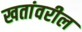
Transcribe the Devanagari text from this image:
खतांवरील